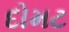
દોમટ